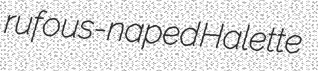
rufous-naped Halette